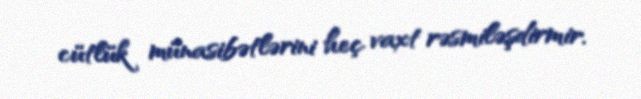
cütlük münasibətlərini heç vaxt rəsmiləşdirmir.